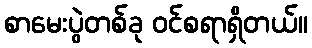
စာမေးပွဲတစ်ခု ဝင်စရာရှိတယ်။